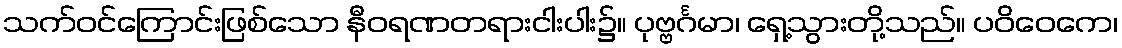
သက်ဝင်ကြောင်းဖြစ်သော နီဝရဏတရားငါးပါး၌။ ပုဗ္ဗင်္ဂမာ၊ ရှေ့သွားတို့သည်။ ပဝိဝေကေ၊